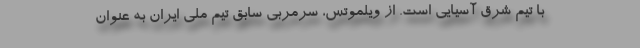
با تیم شرق آسیایی است. از ویلموتس، سرمربی سابق تیم ملی ایران به عنوان